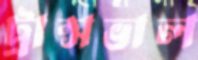
ট্রান্সভাল